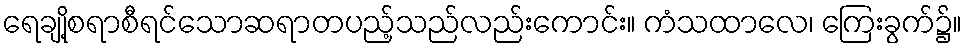
ရေချို့စရာစီရင်သောဆရာတပည့်သည်လည်းကောင်း။ ကံသထာလေ၊ ကြေးခွက်၌။